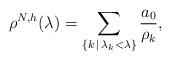
LaTeX: \begin{align*}\rho^{N,h}(\lambda)=\sum_{\{k\,|\,\lambda_k<\lambda\}}\frac{a_0}{\rho_k},\end{align*}